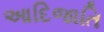
આદિજાતિ